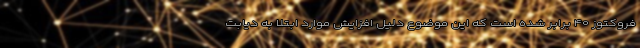
فروکتوز ۴۰ برابر شده است که این موضوع دلیل افزایش موارد ابتلا به دیابت